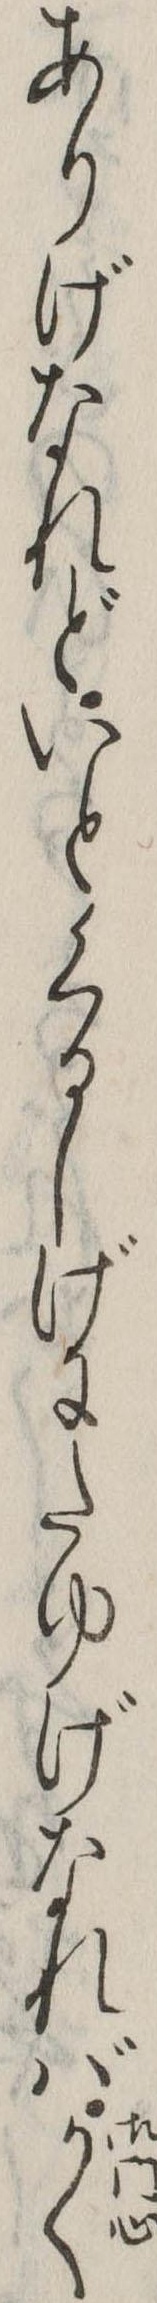
ありげなれどいとくるしげにたゆげなればかく